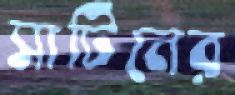
সাটিনের